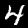
Digit: 4